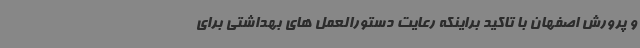
و پرورش اصفهان با تاکید براینکه رعایت دستورالعمل های بهداشتی برای